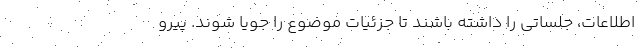
اطلاعات، جلساتی را داشته باشند تا جزئیات موضوع را جویا شوند. پیرو